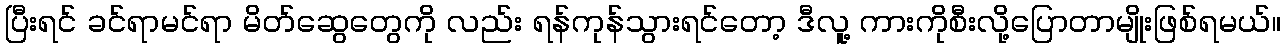
ပြီးရင် ခင်ရာမင်ရာ မိတ်ဆွေတွေကို လည်း ရန်ကုန်သွားရင်တော့ ဒီလူ့ ကားကိုစီးလို့ပြောတာမျိုးဖြစ်ရမယ်။